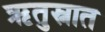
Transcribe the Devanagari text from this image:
ऋतुस्नात